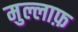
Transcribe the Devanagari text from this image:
मुल्लाफ़